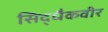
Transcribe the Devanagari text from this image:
सिद्धैकवीर